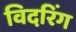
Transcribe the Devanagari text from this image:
विदरिंग